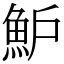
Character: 魲